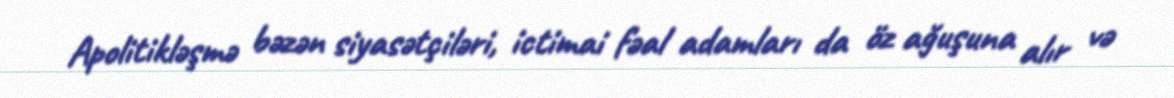
Apolitikləşmə bəzən siyasətçiləri, ictimai fəal adamları da öz ağuşuna alır və